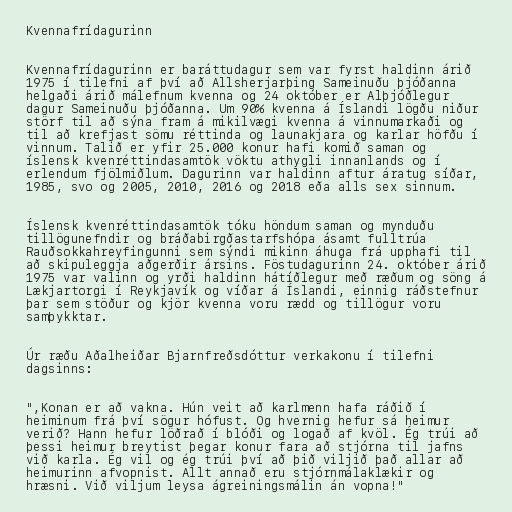
Kvennafrídagurinn

Kvennafrídagurinn er baráttudagur sem var fyrst haldinn árið
1975 í tilefni af því að Allsherjarþing Sameinuðu þjóðanna
helgaði árið málefnum kvenna og 24 október er Alþjóðlegur
dagur Sameinuðu þjóðanna. Um 90% kvenna á Íslandi lögðu niður
störf til að sýna fram á mikilvægi kvenna á vinnumarkaði og
til að krefjast sömu réttinda og launakjara og karlar höfðu í
vinnum. Talið er yfir 25.000 konur hafi komið saman og
íslensk kvenréttindasamtök vöktu athygli innanlands og í
erlendum fjölmiðlum. Dagurinn var haldinn aftur áratug síðar,
1985, svo og 2005, 2010, 2016 og 2018 eða alls sex sinnum.

Íslensk kvenréttindasamtök tóku höndum saman og mynduðu
tillögunefndir og bráðabirgðastarfshópa ásamt fulltrúa
Rauðsokkahreyfingunni sem sýndi mikinn áhuga frá upphafi til
að skipuleggja aðgerðir ársins. Föstudagurinn 24. október árið
1975 var valinn og yrði haldinn hátíðlegur með ræðum og söng á
Lækjartorgi í Reykjavík og víðar á Íslandi, einnig ráðstefnur
þar sem stöður og kjör kvenna voru rædd og tillögur voru
samþykktar.

Úr ræðu Aðalheiðar Bjarnfreðsdóttur verkakonu í tilefni
dagsinns:

",Konan er að vakna. Hún veit að karlmenn hafa ráðið í
heiminum frá því sögur hófust. Og hvernig hefur sá heimur
verið? Hann hefur löðrað í blóði og logað af kvöl. Ég trúi að
þessi heimur breytist þegar konur fara að stjórna til jafns
við karla. Ég vil og ég trúi því að þið viljið það allar að
heimurinn afvopnist. Allt annað eru stjórnmálaklækir og
hræsni. Við viljum leysa ágreiningsmálin án vopna!"